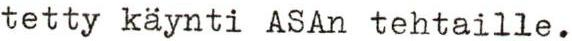
tetty käynti ASAn tehtaille.